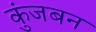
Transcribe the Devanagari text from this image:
कुंजबन